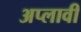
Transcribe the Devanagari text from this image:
अप्लावी